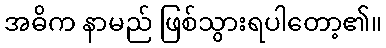
အဓိက နာမည် ဖြစ်သွားရပါတော့၏။